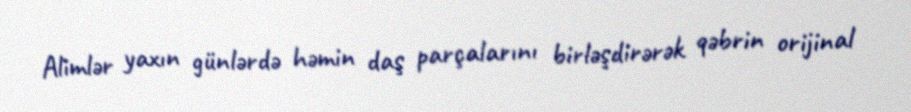
Alimlər yaxın günlərdə həmin daş parçalarını birləşdirərək qəbrin orijinal